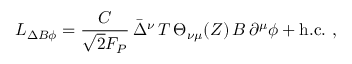
{ \cal L } _ { \Delta B \phi } = \frac { { \cal C } } { \sqrt { 2 } F _ { P } } \, \bar { \Delta } ^ { \nu } \, T \, \Theta _ { \nu \mu } ( Z ) \, B \, \partial ^ { \mu } \phi + \mathrm { h . c . } \, \, ,